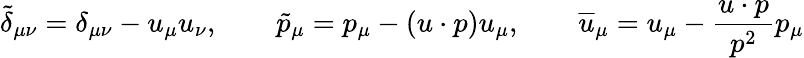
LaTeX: \tilde{\delta}_{\mu\nu}=\delta_{\mu\nu}-u_{\mu}u_{\nu},\qquad\tilde{p}_{\mu}=p_{\mu}-(u\cdot p)u_{\mu},\qquad\overline{{{u}}}_{\mu}=u_{\mu}-\frac{u\cdot p}{p^{2}}p_{\mu}